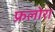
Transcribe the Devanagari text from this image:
फ्रलोरा